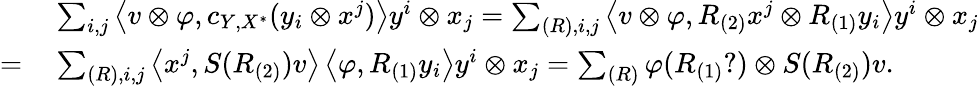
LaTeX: \begin{array}{rl}&{\sum_{i,j}\left\langle v\otimes\varphi,c_{Y,X^{*}}(y_{i}\otimes x^{j})\right\rangle y^{i}\otimes x_{j}=\sum_{(R),i,j}\left\langle v\otimes\varphi,R_{(2)}x^{j}\otimes R_{(1)}y_{i}\right\rangle y^{i}\otimes x_{j}}\\ {=\: }&{\sum_{(R),i,j}\left\langle x^{j},S(R_{(2)})v\right\rangle\left\langle\varphi,R_{(1)}y_{i}\right\rangle y^{i}\otimes x_{j}=\sum_{(R)}\varphi(R_{(1)}?)\otimes S(R_{(2)})v.}\end{array}